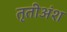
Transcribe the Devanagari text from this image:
तृतीअंश